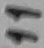
Text: 11